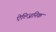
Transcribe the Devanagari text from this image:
ऐल्जिनिक